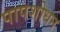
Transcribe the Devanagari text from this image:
पापशोधन